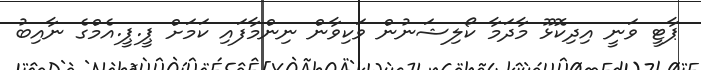
ޕާޓީ ވަނީ އިދިކޮޅޫ މާދަމާ ކޯލިޝަނުން ވަކިވާން ނިންމާފައި ކަމަށް ޕީ.ޕީ.އެމްގެ ނާއިބު